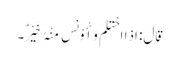
قَالَ: اِذَا احْتَلَمَ وَأُوْنِسَ مِنْہُ خَیْرٌ۔